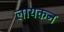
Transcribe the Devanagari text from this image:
लायकन